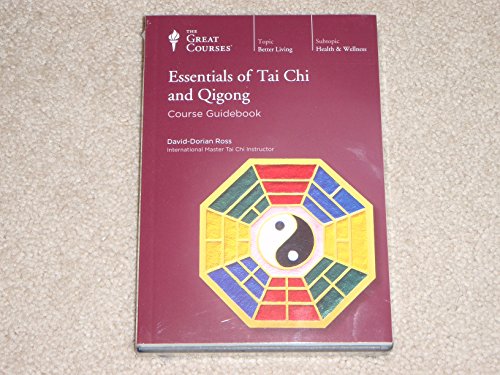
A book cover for Essentials of Tai Chi and Qigong (Great Courses) (Teaching Company) Course No. 1908; David Dorian Ross; Sports & Outdoors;